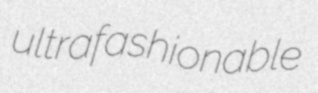
ultrafashionable